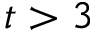
t > 3